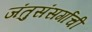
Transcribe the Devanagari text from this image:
जंतुसंसर्गाची